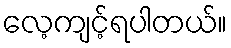
လေ့ကျင့်ရပါတယ်။